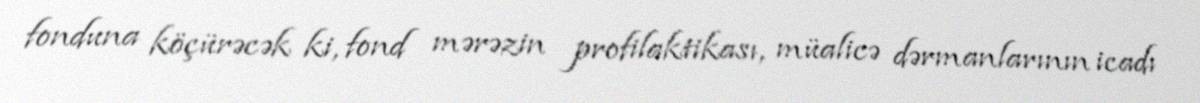
fonduna köçürəcək ki, fond mərəzin profilaktikası, müalicə dərmanlarının icadı